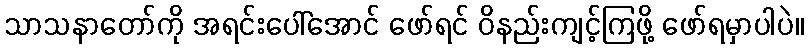
သာသနာတော်ကို အရင်းပေါ်အောင် ဖော်ရင် ဝိနည်းကျင့်ကြဖို့ ဖော်ရမှာပါပဲ။